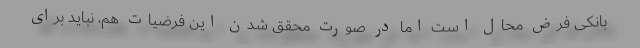
بانکی فرض محال است اما در صورت محقق شدن این فرضیات هم، نباید برای